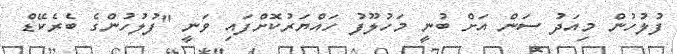
ފުލުހުން މިއަދު ސަން އަށް ބުނީ މަހުލޫފު ހައްޔަރުކޮށްފައި ވަނީ "ފުލުހުންގެ ބެރެކޭޑް